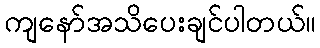
ကျနော်အသိပေးချင်ပါတယ်။